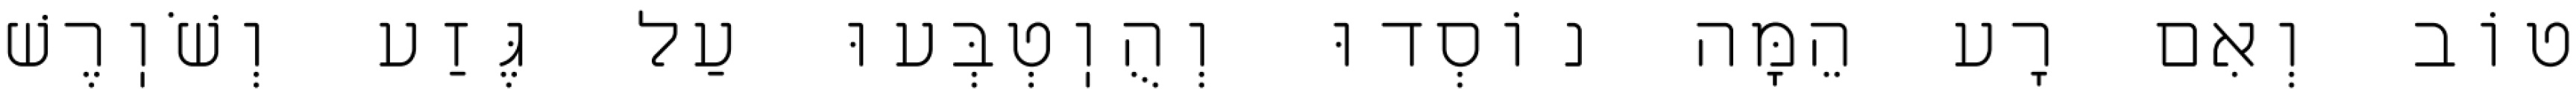
טוֹב וְאִם רָע הֵמָּה נוֹסְדוּ וְהֻוֽטְבְּעוּ עַל גֶּזַע וְשֹׁוֽרֶשׁ